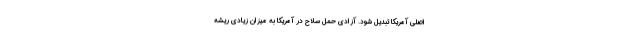
اصلی آمریکا تبدیل شود. آزادی حمل سلاح در آمریکا به میزان زیادی ریشه